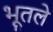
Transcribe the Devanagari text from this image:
भूतले